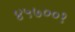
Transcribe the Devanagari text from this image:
४५७००१